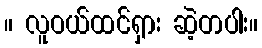
။ လူဝယ်ထင်ရှား ဆဲ့တပါး။